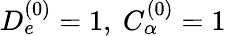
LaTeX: D_{e}^{(0)}=1,\ C_{\alpha}^{(0)}=1